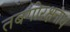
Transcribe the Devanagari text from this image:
तबगोरक्षनाथ